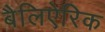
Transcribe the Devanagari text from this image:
बैलिऐरिक